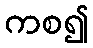
ကစ၍